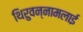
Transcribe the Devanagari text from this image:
थिरुवन्नामलाई